Civil Veterinary Dept. Bombay admin report 1893-99 - 1893-1899
Year: 1893
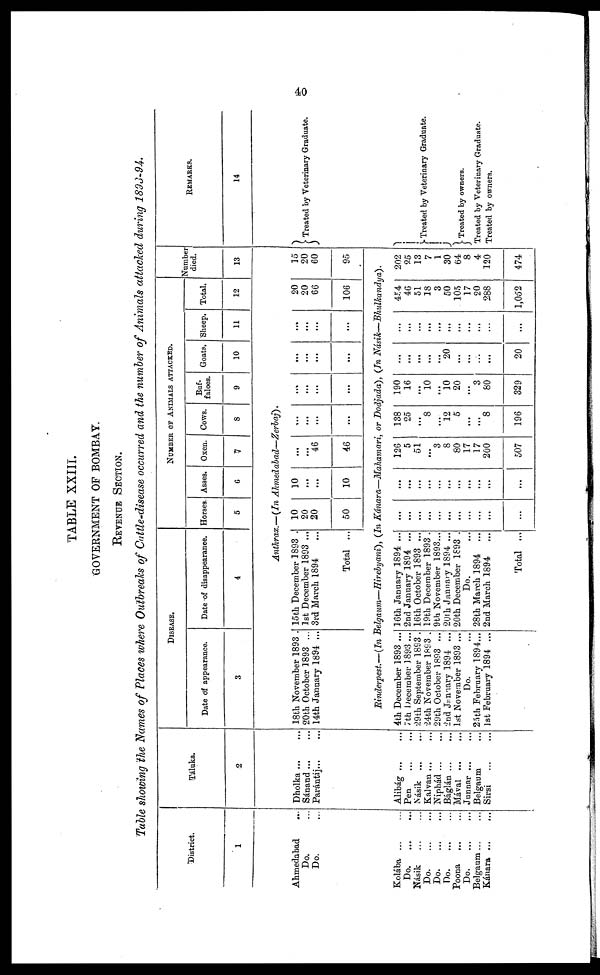
40
TABLE XXIII.
GOVERNMENT OF BOMBAY.
REVENUE SECTION.
Table showing the Names of Places where Outbreaks of Cattle-disease occurred and the number of Animals attacked during 1893-94.
District.
1
Ahmedabad ...
Do. ...
Do. ...
Kolába ... ...
Do.
...
...
Násik
...
...
Do.
...
...
Do.
...
...
Do.
...
...
Poona
...
...
Do. ... ...
Belgaum
...
...
Kánara
...
...
Táluka.
2
Dholka ... ...
Sánand ... ...
Parántij ... ...
Alibág
...
...
Pen
Násik ... ...
Kalvan ... ...
Niphád
...
...
Báglán
...
...
Mával ...
...
Junnar ... ...
Belgaum ...
Sirsi ... ...
DISEASE.
Date of appearance.
3
Date of disappearance.
4
NUMBER OF ANIMALS ATTACKED.
Horses.
5
Asses.
6
Oxen.
7
Cows.
8
Buf-
faloes.
9
Goats.
10
Sheep.
11
Total.
12
Number
died.
13
Anthrax.—(In
Ahmedabad—Zerbaj).
18th November 1893 .
20th October 1893 ...
14th January 1894 ...
15th December 1893 .
1st December 1893 ...
3rd March 1894
Total ...
10
20
20
50
10
...
...
10
...
...
46
46
...
...
...
...
...
...
...
...
...
...
...
...
...
...
...
...
20
20
66
106
15
20
60
95
Rinderpest.—(In Belgaum—Hirebyani), (In Kánara—Mahamari, or Dodjada), (In Násik—Bhulkandya).
4th December 1893 ...
7th December 1893 ...
29th September 1893 .
24th November 1893 .
29th October 1893 ...
2nd January 1894 ...
1st November 1893 ...
Do. ...
25th February 1894...
1st February 1894 ...
16th January 1894 ...
2nd January 1894 ...
16th October 1893 ...
19th December 1893 .
9th November 1893...
20th January 1894 ...
20th December 1893 .
Do. ...
28th March 1894 ...
2nd March 1894
...
Total ...
...
...
...
...
...
...
...
...
...
...
...
...
...
...
...
...
...
...
...
...
...
...
126
5
51
...
3
8
80
17
17
200
507
138
25
...
8
...
12
5
...
...
8
196
190
16
...
10
...
10
20
...
3
80
329
...
...
...
...
...
20
...
...
...
...
20
...
...
...
...
...
...
...
...
...
...
454
46
51
18
3
50
105
17
20
288
1,052
202
25
13
7
1
30
64
8
4
120
474
REMARKS.
14
Treated by Veterinary Graduate.
Treated by Veterinary Graduate.
Treated by owners.
Treated by Veterinary Graduate.
Treated by owners.